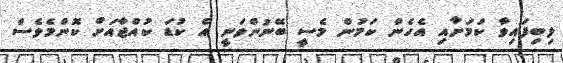
ލިބިފައިވާ ކަމަށާއި އެހެން ކަމުން މެސީ ބޭނުންވަނީ އެ ކުޑަ ކުއްޖާއަށް ކޮންމެވެސް